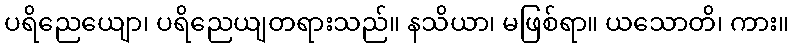
ပရိညေယျော၊ ပရိညေယျတရားသည်။ နသိယာ၊ မဖြစ်ရာ။ ယသောတိ၊ ကား။